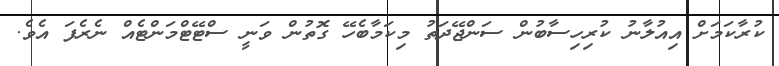
ކުރާކަމަށް އިއުލާނު ކުރިހިސާބުން ސަންޖޭދަތު މިކަމާބެހޭ ގޮތުން ވަނީ ސްޓޭޓްމަންޓެއް ނެރެފަ އެވެ.